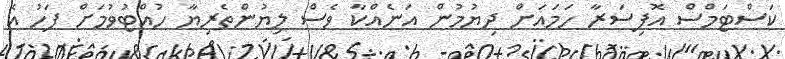
ކަސްޓަމްސް އޮފިސަރާ ހަމައަށް ދިޔުމުން އަނެއްކާ ވެސް ލިޔުންތެރިޔާ ހުއްޓުވުމަށް ފަހު އެ